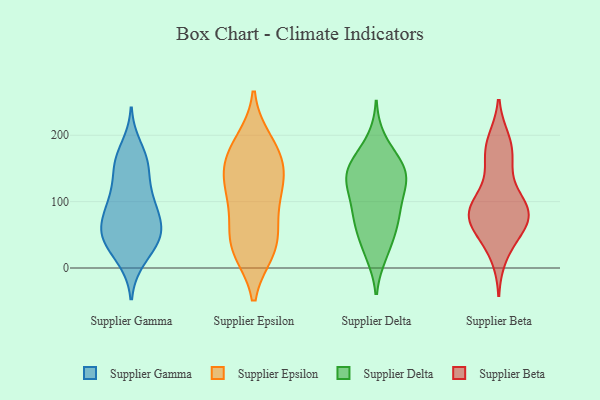
{"axis": {"x": "Headcount", "y": "Value"}, "legend": ["Supplier Beta", "Supplier Delta", "Supplier Epsilon", "Supplier Gamma"], "data": [{"x": "", "y": 155, "type": "Supplier Gamma"}, {"x": "", "y": 182, "type": "Supplier Gamma"}, {"x": "", "y": 16, "type": "Supplier Gamma"}, {"x": "", "y": 153, "type": "Supplier Gamma"}, {"x": "", "y": 107, "type": "Supplier Gamma"}, {"x": "", "y": 57, "type": "Supplier Gamma"}, {"x": "", "y": 115, "type": "Supplier Gamma"}, {"x": "", "y": 49, "type": "Supplier Gamma"}, {"x": "", "y": 13, "type": "Supplier Gamma"}, {"x": "", "y": 97, "type": "Supplier Gamma"}, {"x": "", "y": 46, "type": "Supplier Gamma"}, {"x": "", "y": 74, "type": "Supplier Gamma"}, {"x": "", "y": 40, "type": "Supplier Gamma"}, {"x": "", "y": 85, "type": "Supplier Gamma"}, {"x": "", "y": 98, "type": "Supplier Gamma"}, {"x": "", "y": 55, "type": "Supplier Gamma"}, {"x": "", "y": 164, "type": "Supplier Gamma"}, {"x": "", "y": 44, "type": "Supplier Gamma"}, {"x": "", "y": 59, "type": "Supplier Gamma"}, {"x": "", "y": 154, "type": "Supplier Gamma"}, {"x": "", "y": 158, "type": "Supplier Epsilon"}, {"x": "", "y": 169, "type": "Supplier Epsilon"}, {"x": "", "y": 98, "type": "Supplier Epsilon"}, {"x": "", "y": 134, "type": "Supplier Epsilon"}, {"x": "", "y": 178, "type": "Supplier Epsilon"}, {"x": "", "y": 130, "type": "Supplier Epsilon"}, {"x": "", "y": 43, "type": "Supplier Epsilon"}, {"x": "", "y": 78, "type": "Supplier Epsilon"}, {"x": "", "y": 27, "type": "Supplier Epsilon"}, {"x": "", "y": 34, "type": "Supplier Epsilon"}, {"x": "", "y": 190, "type": "Supplier Epsilon"}, {"x": "", "y": 123, "type": "Supplier Epsilon"}, {"x": "", "y": 28, "type": "Supplier Epsilon"}, {"x": "", "y": 118, "type": "Supplier Delta"}, {"x": "", "y": 144, "type": "Supplier Delta"}, {"x": "", "y": 25, "type": "Supplier Delta"}, {"x": "", "y": 76, "type": "Supplier Delta"}, {"x": "", "y": 140, "type": "Supplier Delta"}, {"x": "", "y": 111, "type": "Supplier Delta"}, {"x": "", "y": 21, "type": "Supplier Delta"}, {"x": "", "y": 161, "type": "Supplier Delta"}, {"x": "", "y": 65, "type": "Supplier Delta"}, {"x": "", "y": 54, "type": "Supplier Delta"}, {"x": "", "y": 130, "type": "Supplier Delta"}, {"x": "", "y": 89, "type": "Supplier Delta"}, {"x": "", "y": 153, "type": "Supplier Delta"}, {"x": "", "y": 192, "type": "Supplier Delta"}, {"x": "", "y": 74, "type": "Supplier Delta"}, {"x": "", "y": 132, "type": "Supplier Delta"}, {"x": "", "y": 160, "type": "Supplier Delta"}, {"x": "", "y": 68, "type": "Supplier Beta"}, {"x": "", "y": 92, "type": "Supplier Beta"}, {"x": "", "y": 142, "type": "Supplier Beta"}, {"x": "", "y": 178, "type": "Supplier Beta"}, {"x": "", "y": 73, "type": "Supplier Beta"}, {"x": "", "y": 96, "type": "Supplier Beta"}, {"x": "", "y": 99, "type": "Supplier Beta"}, {"x": "", "y": 39, "type": "Supplier Beta"}, {"x": "", "y": 191, "type": "Supplier Beta"}, {"x": "", "y": 68, "type": "Supplier Beta"}, {"x": "", "y": 165, "type": "Supplier Beta"}, {"x": "", "y": 68, "type": "Supplier Beta"}, {"x": "", "y": 97, "type": "Supplier Beta"}, {"x": "", "y": 186, "type": "Supplier Beta"}, {"x": "", "y": 78, "type": "Supplier Beta"}, {"x": "", "y": 20, "type": "Supplier Beta"}, {"x": "", "y": 79, "type": "Supplier Beta"}]}